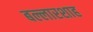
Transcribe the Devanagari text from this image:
बल्लारशाह